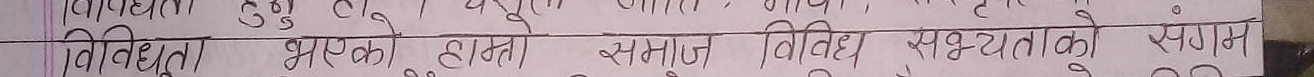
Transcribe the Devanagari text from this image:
विविधता भएको हाम्रो समाज विविध सभ्यताको स्थान